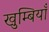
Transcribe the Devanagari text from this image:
खुम्बियाँ